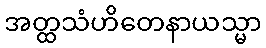
အတ္ထသံဟိတေနာယသ္မာ